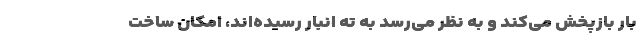
بار بازپخش می‌کند و به نظر می‌رسد به ته انبار رسیده‌اند، امکان ساخت